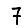
Digit: 7